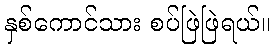
နှစ်ကောင်သား စပ်ဖြဲဖြဲရယ်။